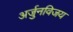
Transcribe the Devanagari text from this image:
अर्जुनविजय